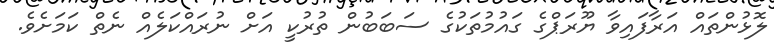
ލޮޅުންތައް އަރާފައިވާ ޔޫރަޕްގެ ގައުމުތަކުގެ ސަބަބުން ތުރުކީ އަށް ނުރައްކަލެއް ނެތް ކަމަށެވެ.